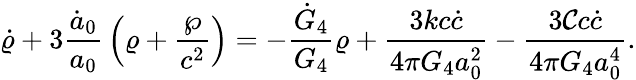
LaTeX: \dot{\varrho}+3{\frac{\dot{a}_{0}}{a_{0}}}\left(\varrho+{\frac{\wp}{c^{2}}}\right)=-{\frac{\dot{G}_{4}}{G_{4}}}\varrho+{\frac{3kc\dot{c}}{4\pi G_{4}a_{0}^{2}}}-{\frac{3{\cal C}c\dot{c}}{4\pi G_{4}a_{0}^{4}}}.